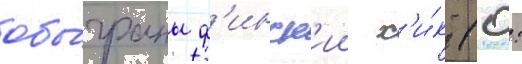
обы́граны ф'инск'ии х'и́к (0: